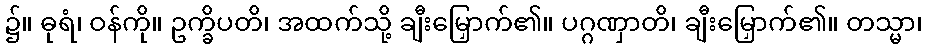
၌။ ဓုရံ၊ ဝန်ကို။ ဥက္ခိပတိ၊ အထက်သို့ ချီးမြှောက်၏။ ပဂ္ဂဏှာတိ၊ ချီးမြှောက်၏။ တသ္မာ၊